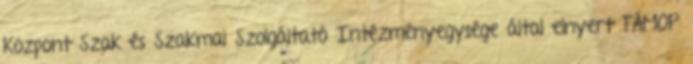
Központ Szak és Szakmai Szolgáltató Intézményegysége által elnyert TÁMOP